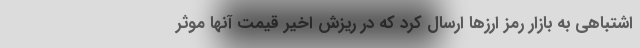
اشتباهی به بازار رمز ارزها ارسال کرد که در ریزش اخیر قیمت آنها موثر